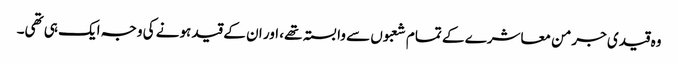
وہ قیدی جرمن معاشرے کے تمام شعبوں سے وابستہ تھے، اور ان کے قید ہونے کی وجہ ایک ہی تھی۔